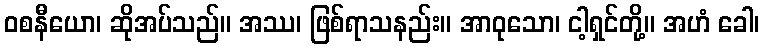
ဝစနီယော၊ ဆိုအပ်သည်။ အဿ၊ ဖြစ်ရာသနည်း။ အာဝုသော၊ ငါ့ရှင်တို့။ အဟံ ခေါ၊